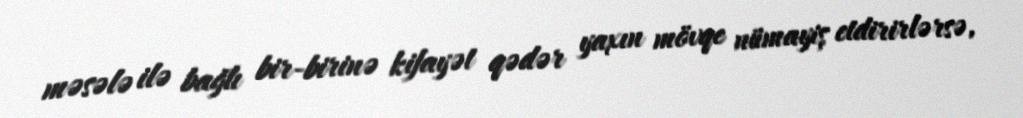
məsələ ilə bağlı bir-birinə kifayət qədər yaxın mövqe nümayiş etdirirlərsə,